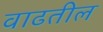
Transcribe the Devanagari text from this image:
वाढतील